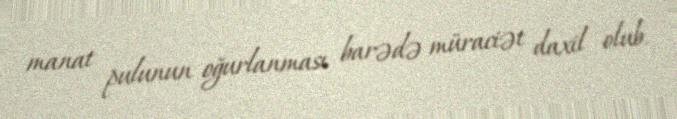
manat pulunun oğurlanması barədə müraciət daxil olub.